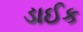
ડાઈક